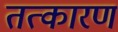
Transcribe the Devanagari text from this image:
तत्कारण